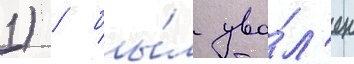
1) / бы́л уво́л'ен